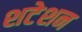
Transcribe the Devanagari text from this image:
शटेशन